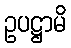
ဥပဋ္ဌာမိ